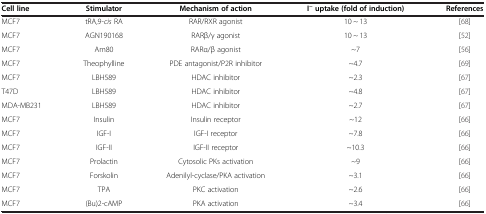
<table><thead><tr><td><b>Cell line</b></td><td><b>Stimulator</b></td><td><b>Mechanism of action</b></td><td><b>I<sup>- </sup>uptake (fold of induction)</b></td><td><b>References</b></td></tr></thead><tbody><tr><td>MCF7</td><td>tRA,9-<i>cis</i> RA</td><td>RAR/RXR agonist</td><td>10 ~ 13</td><td>[68]</td></tr><tr><td>MCF7</td><td>AGN190168</td><td>RARβ/γ agonist</td><td>10 ~ 13</td><td>[52]</td></tr><tr><td>MCF7</td><td>Am80</td><td>RARα/β agonist</td><td>~7</td><td>[56]</td></tr><tr><td>MCF7</td><td>Theophylline</td><td>PDE antagonist/P2R inhibitor</td><td>~4.7</td><td>[69]</td></tr><tr><td>MCF7</td><td>LBH589</td><td>HDAC inhibitor</td><td>~2.3</td><td>[67]</td></tr><tr><td>T47D</td><td>LBH589</td><td>HDAC inhibitor</td><td>~4.8</td><td>[67]</td></tr><tr><td>MDA-MB231</td><td>LBH589</td><td>HDAC inhibitor</td><td>~2.7</td><td>[67]</td></tr><tr><td>MCF7</td><td>Insulin</td><td>Insulin receptor</td><td>~12</td><td>[66]</td></tr><tr><td>MCF7</td><td>IGF-I</td><td>IGF-I receptor</td><td>~7.8</td><td>[66]</td></tr><tr><td>MCF7</td><td>IGF-II</td><td>IGF-II receptor</td><td>~10.3</td><td>[66]</td></tr><tr><td>MCF7</td><td>Prolactin</td><td>Cytosolic PKs activation</td><td>~9</td><td>[66]</td></tr><tr><td>MCF7</td><td>Forskolin</td><td>Adenilyl-cyclase/PKA activation</td><td>~3.1</td><td>[66]</td></tr><tr><td>MCF7</td><td>TPA</td><td>PKC activation</td><td>~2.6</td><td>[66]</td></tr><tr><td>MCF7</td><td>(Bu)2-cAMP</td><td>PKA activation</td><td>~3.4</td><td>[66]</td></tr></tbody></table>